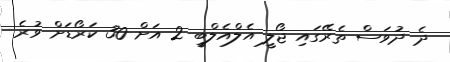
ދެ ދުވަސް ތެރޭގައި ޖޯލީ އެލްއެލްބީ 2 އަށް 30 ކަރޯޑަށް ވުރެ